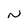
Character: N